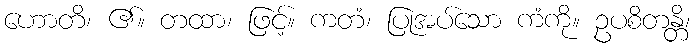
ဟောတိ၊ ၏။ တထာ၊ ဖြင့်။ ကတံ၊ ပြုအပ်သော ကံကို။ ဥပစိတန္တိ၊